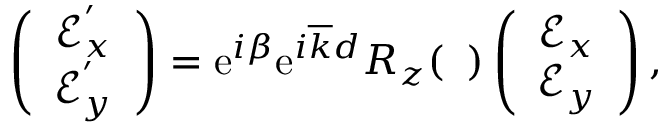
\begin{array} { r } { \left( \begin{array} { c } { \mathcal { E } _ { x } ^ { ' } } \\ { \mathcal { E } _ { y } ^ { ' } } \end{array} \right) = \mathrm { e } ^ { i \beta } \mathrm { e } ^ { i \overline { { k } } d } R _ { z } ( { \it \Delta \Psi } ) \left( \begin{array} { c } { \mathcal { E } _ { x } } \\ { \mathcal { E } _ { y } } \end{array} \right) , } \end{array}